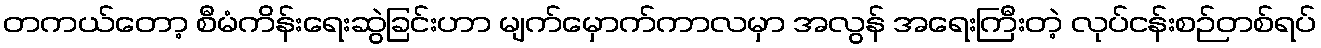
တကယ်တော့ စီမံကိန်းရေးဆွဲခြင်းဟာ မျက်မှောက်ကာလမှာ အလွန် အရေးကြီးတဲ့ လုပ်ငန်းစဉ်တစ်ရပ်